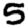
Digit: 5